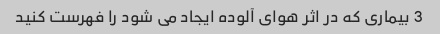
3 بیماری که در اثر هوای آلوده ایجاد می شود را فهرست کنید